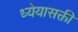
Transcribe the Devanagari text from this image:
ध्येयासक्ती